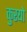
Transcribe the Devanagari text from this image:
कुरयो